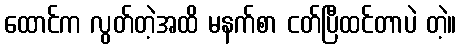
ထောင်က လွတ်တဲ့အထိ မနက်စာ ငတ်ပြီထင်တာပဲ တဲ့။